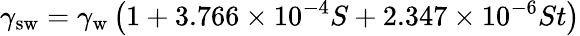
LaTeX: \gamma_{\mathrm{sw}}=\gamma_{\mathrm{w}}\left(1+3.766\times 10^{-4}S+2.347\times 10^{-6}St\right)